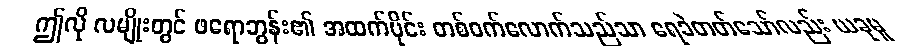
ဤလို လမျိုးတွင် ဖရောဘွန်း၏ အထက်ပိုင်း တစ်ဝက်လောက်သည်သာ ရေခဲတတ်သော်လည်း ယခုမူ